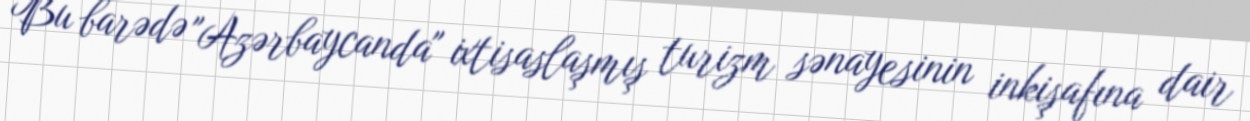
Bu barədə "Azərbaycanda" ixtisaslaşmış turizm sənayesinin inkişafına dair